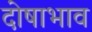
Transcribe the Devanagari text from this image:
दोषाभाव